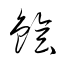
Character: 鱠